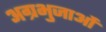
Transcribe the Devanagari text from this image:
अग्रभुजाओं